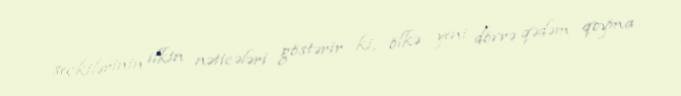
seçkilərinin ilkin nəticələri göstərir ki, ölkə yeni dövrə qədəm qoyma